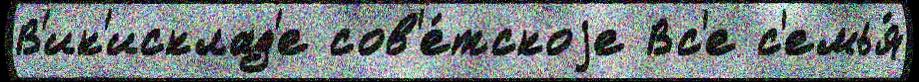
В'ик'исклад'е сов'е́тскоjе Вс'е с'емья́